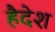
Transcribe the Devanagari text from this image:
हैदेश